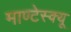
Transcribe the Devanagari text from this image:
माण्टेस्क्यू